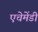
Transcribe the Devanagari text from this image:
एचेमेंडी